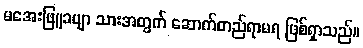
မအေးဖြူခမျာ သားအတွက် ဆောက်တည်ရာမရ ဖြစ်ရှာသည်။